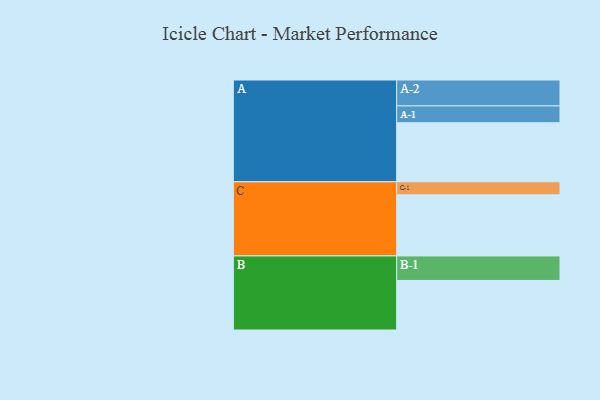
{"axis": {"x": "Segment", "y": "Value"}, "legend": ["", "A", "B", "C"], "data": [{"x": "A", "y": 565, "type": ""}, {"x": "B", "y": 474, "type": ""}, {"x": "C", "y": 585, "type": ""}, {"x": "A-1", "y": 161, "type": "A"}, {"x": "A-2", "y": 248, "type": "A"}, {"x": "B-1", "y": 235, "type": "B"}, {"x": "C-1", "y": 125, "type": "C"}]}